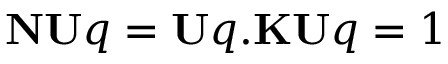
\mathbf { N U } q = \mathbf { U } q . \mathbf { K U } q = 1